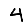
Digit: 4